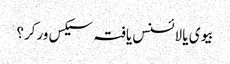
بیوی یا لائسنس یافتہ سیکس ورکر؟